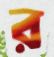
র